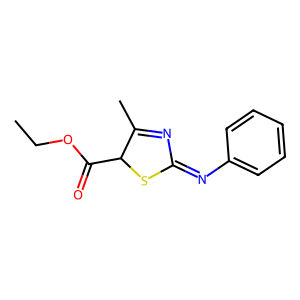
SMILES: CCOC(=O)C1SC(=Nc2ccccc2)N=C1C
Inhibits HIV replication: No